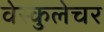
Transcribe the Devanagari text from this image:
वेस्कुलेचर